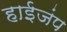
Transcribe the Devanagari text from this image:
हाईजंप